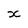
Character: x